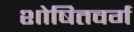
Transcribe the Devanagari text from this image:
शोषितवर्ग